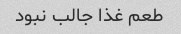
طعم غذا جالب نبود